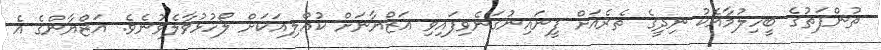
ތުންފަތުގެ ބީހިލުމާއެކު ނިދީގެ ތެރެއަށް ފީނައިނުގަނެވިފައިވި އަޒްޔާނަށް ކުއްލިއަކަށް ލޯހުޅުވާލެވުނެވެ. އަޒްޔާންގެ އެ